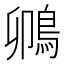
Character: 𫚵